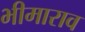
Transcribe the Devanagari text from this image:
भीमाराव